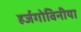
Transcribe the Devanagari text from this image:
हर्जगोविनीया